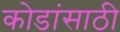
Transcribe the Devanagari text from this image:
कोडांसाठी